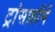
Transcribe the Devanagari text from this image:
ट्रांसफ़ॉर्म